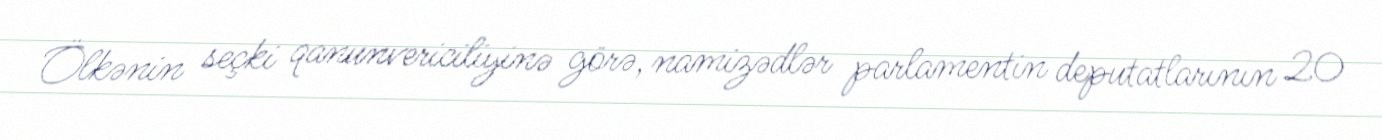
Ölkənin seçki qanunvericiliyinə görə, namizədlər parlamentin deputatlarının 20